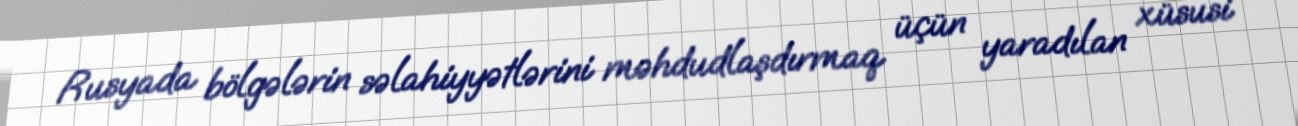
Rusyada bölgələrin səlahiyyətlərini məhdudlaşdırmaq üçün yaradılan xüsusi